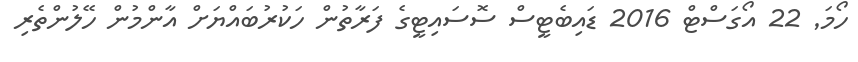
ހޯމަ